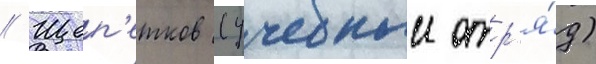
// Щеп'етков (учебныи отр'я́д)